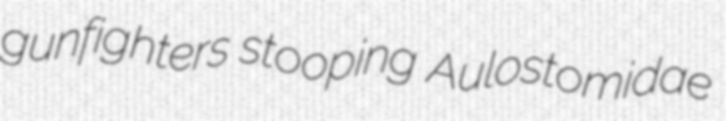
gunfighters stooping Aulostomidae